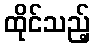
ထိုင်သည့်